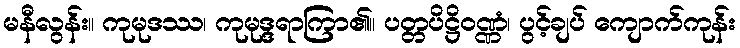
မနီလွန်း။ ကုမုဒဿ၊ ကုမုဒ္ဒရာကြာ၏။ ပတ္တပိဋ္ဌိဝဏ္ဏံ၊ ပွင့်ချပ် ကျောက်ကုန်း